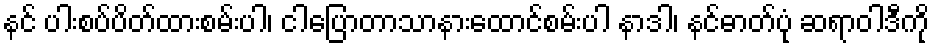
နင် ပါးစပ်ပိတ်ထားစမ်းပါ၊ ငါပြောတာသာနားထောင်စမ်းပါ နာဒါ၊ နင်ဓာတ်ပုံ ဆရာဝါဒီကို